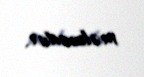
məlumdur.